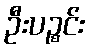
ဦးပဉ္စင်း